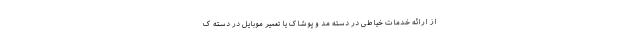
از ارائه خدمات خیاطی در دسته مد و پوشاک یا تعمیر موبایل در دسته ک